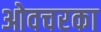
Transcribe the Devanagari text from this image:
ओवचरका